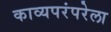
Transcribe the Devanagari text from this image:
काव्यपरंपरेला